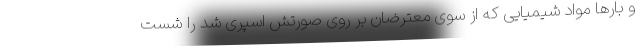
و بارها مواد شیمیایی که از سوی معترضان بر روی صورتش اسپری شد را شست